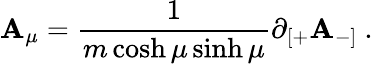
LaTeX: \mathbf{A}_{\mu}=\frac{{1}}{{m\cosh\mu\sinh\mu}}\partial_{[+}\mathbf{A}_{-]}\ .